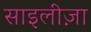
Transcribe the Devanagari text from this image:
साइलीज़ा